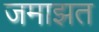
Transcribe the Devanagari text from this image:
जमाझत